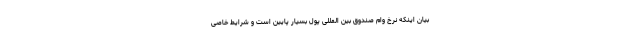
بیان اینکه نرخ وام صندوق بین المللی پول بسیار پایین است و شرایط خاصی